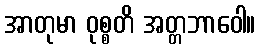
အာတုမာ ဝုစ္စတိ အတ္တဘာဝေါ။